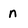
Character: n